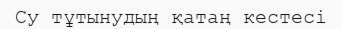
Су тұтынудың қатаң кестесі